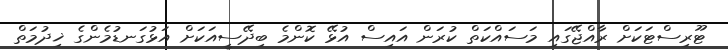
ޓޫރިސްޓަކަށް ރާއްޖޭގައި މަސައްކަތް ކުރަން އައިސް އުޅޭ ކޮންމެ ބިދޭސީއަކަށް އަޅުގަނޑުމެންގެ ޚިދުމަތް